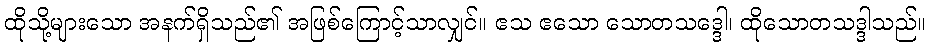
ထိုသို့များသော အနက်ရှိသည်၏ အဖြစ်ကြောင့်သာလျှင်။ ဧသ ဧသော သောတသဒ္ဒေါ၊ ထိုသောတသဒ္ဒါသည်။